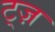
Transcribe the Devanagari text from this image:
ट्ज़